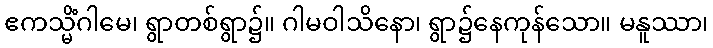
ဧကသ္မိံဂါမေ၊ ရွာတစ်ရွာ၌။ ဂါမဝါသိနော၊ ရွာ၌နေကုန်သော။ မနူဿာ၊